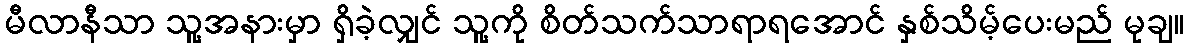
မီလာနီသာ သူ့အနားမှာ ရှိခဲ့လျှင် သူ့ကို စိတ်သက်သာရာရအောင် နှစ်သိမ့်ပေးမည် မုချ။